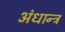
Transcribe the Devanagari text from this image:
अंधान्त्र